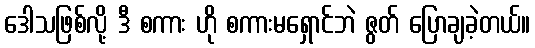
ဒေါသဖြစ်လို့ ဒီ စကား ဟို စကားမရှောင်ဘဲ ဇွတ် ပြောချခဲ့တယ်။